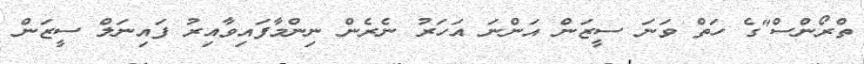
ތްރޯންސް"ގެ ހަތް ވަނަ ސީޒަން އަންނަ އަހަރު ނެރެން ނިންމާފައިވާއިރު ފައިނަލް ސީޒަން